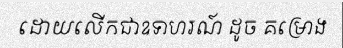
ដោយលើកជាឧទាហរណ៍ ដូច គម្រោង